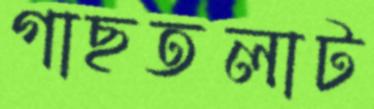
গাছতলাট